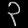
Digit: ၃